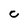
Character: o